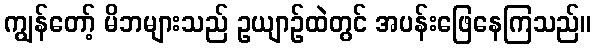
ကျွန်တော့် မိဘများသည် ဥယျာဉ်ထဲတွင် အပန်းဖြေနေကြသည်။